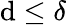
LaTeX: \mathrm{d}\leq\delta